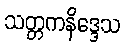
သတ္တကနိဒ္ဒေသ